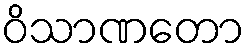
ဝိသာဏတော